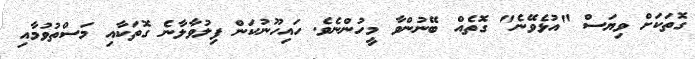
ގޮތަކަށް ވިޔަސް "އުޅެވޭނެ" ގޮތެއް ބޭނުންވާ މީހުންނެވެ. ހައިހޫނުކަން ފިލުވާލާނެ ގޮތަކާއި މަސްތުވުމާއި